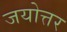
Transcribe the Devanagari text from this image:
जयोत्तर